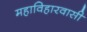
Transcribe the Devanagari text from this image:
महाविहारवासी